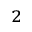
^ 2